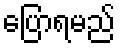
ပြောရမည်